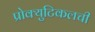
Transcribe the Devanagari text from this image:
प्रोक्युटिकलची